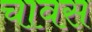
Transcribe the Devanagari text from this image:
चावस